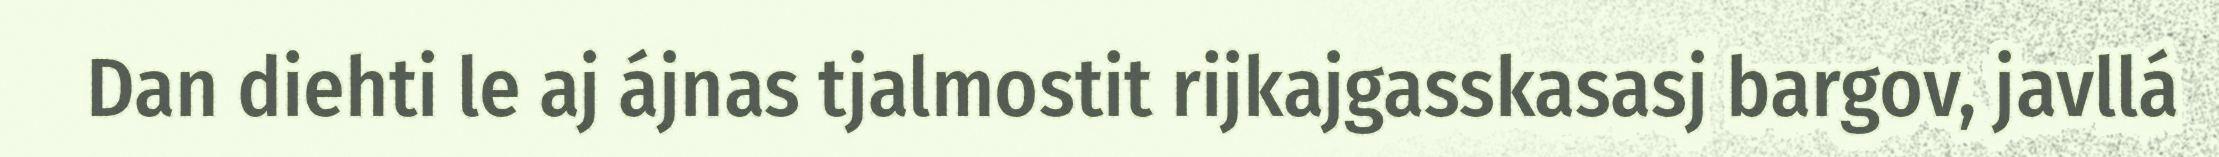
Dan diehti le aj ájnas tjalmostit rijkajgasskasasj bargov, javllá